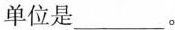
单位是___。